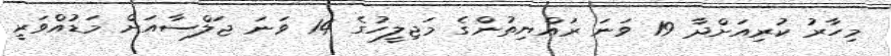
މިހާރު ކުރިއަށްދާ 19 ވަނަ ރައްޔިތުންގެ މަޖިލީހުގެ 14 ވަނަ ޖަލްސާއަށް މަޑުއްވަރީ